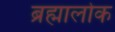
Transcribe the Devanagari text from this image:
ब्रह्मालोक